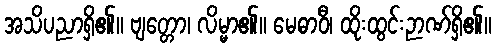
အသိပညာရှိ၏။ ဗျတ္တော၊ လိမ္မာ၏။ မေဓာဝီ၊ ထိုးထွင်းဉာဏ်ရှိ၏။